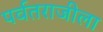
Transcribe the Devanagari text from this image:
पर्वतराजीला